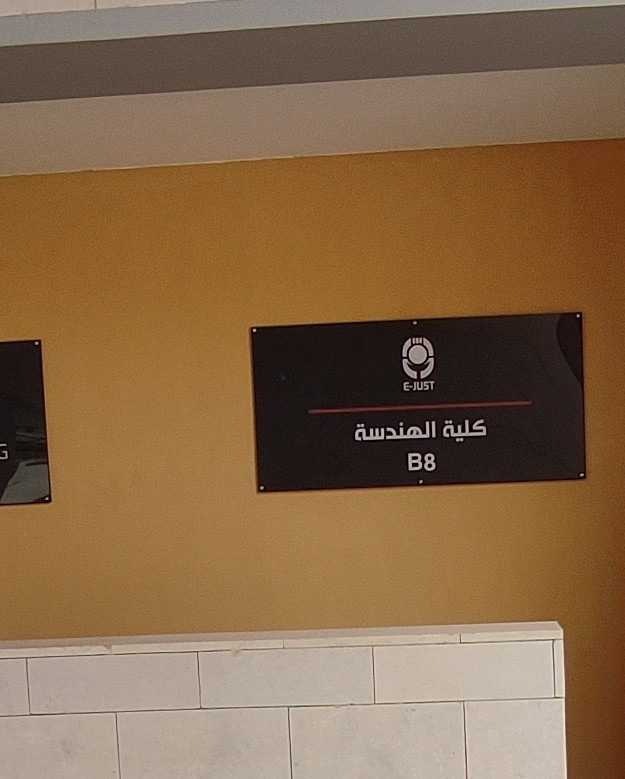
Text in image: كلية الهندسة E-JUST B8